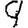
Digit: 9